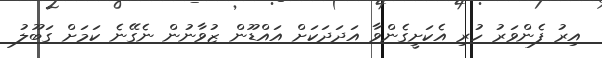
އިރު ފެންވަރު ހުރި އެކަށީގެންވާ އަދަދަކަށް އައްޑޫން ޒުވާނުން ނެގޭނެ ކަމަށް ގަބޫލު